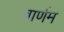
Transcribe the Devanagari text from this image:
वार्णम